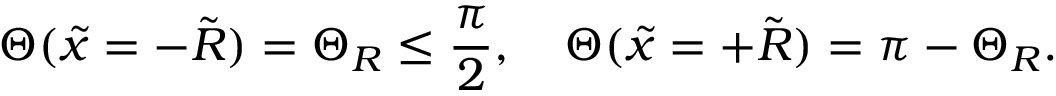
\Theta ( \tilde { x } = - \tilde { R } ) = \Theta _ { R } \le \frac { \pi } { 2 } , \quad \Theta ( \tilde { x } = + \tilde { R } ) = \pi - \Theta _ { R } .